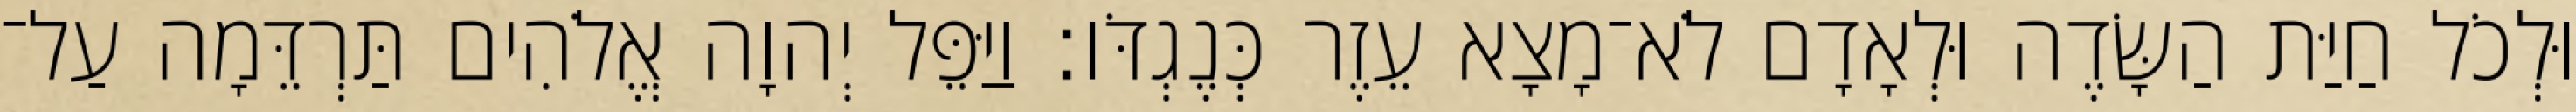
וּלְכֹל חַיַּת הַשָּׂדֶה וּלְאָדָם לֹא־מָצָא עֵזֶר כְּנֶגְדֹּו׃ וַיַּפֵּל יְהוָה אֱלֹהִים תַּרְדֵּמָה עַל־